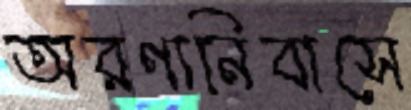
অরণ্যনিবাসে